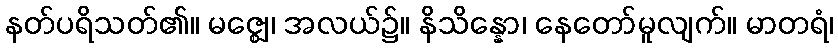
နတ်ပရိသတ်၏။ မဇ္ဈေ၊ အလယ်၌။ နိသိန္နော၊ နေတော်မူလျက်။ မာတရံ၊